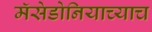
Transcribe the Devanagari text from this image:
मॅसेडोनियाच्याच